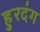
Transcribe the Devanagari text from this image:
हुरदंग